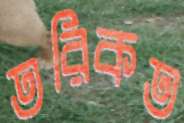
তরিকত